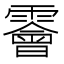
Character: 𩆁